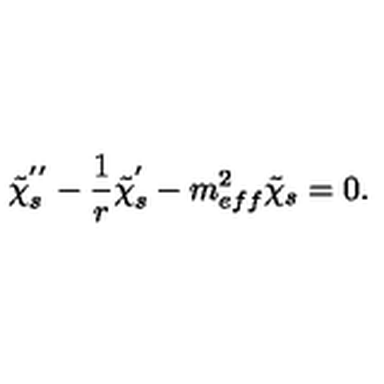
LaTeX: \tilde { \chi } _ { s } ^ { ' ^ { \prime } } - \frac { 1 } { r } \tilde { \chi } _ { s } ^ { ' } - m _ { e f f } ^ { 2 } \tilde { \chi } _ { s } = 0 .